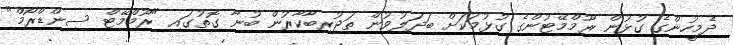
ދެމީހުންގެ ގުޅުން ރޫމްމޭޓުންގެ ގުޅުމަކަށް ބަދަލުވުން ތަޖުރިބާކާރުން ބުނާ ގޮތުގައި "ރޫމްމޭޓް ސިންޑްރޯމް"